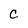
Character: C